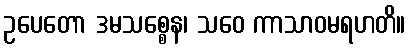
ဥပေတော ဒမသစ္စေန၊ သဝေ ကာသာဝမရဟတိ။